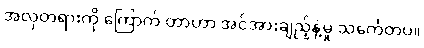
အလှတရားကို ကြောက် တာဟာ အင်အားချည့်နဲ့မှု သင်္ကေတပဲ။